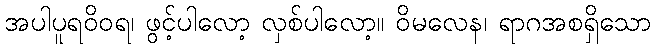
အပါပူရဝိဝရ၊ ဖွင့်ပါလော့ လှစ်ပါလော့။ ဝိမလေန၊ ရာဂအစရှိသော